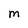
Character: M